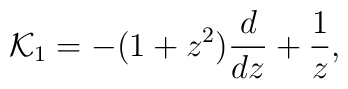
{\cal K}_1= -(1+z^2) {d \over dz} +{1 \over z},